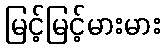
မြင့်မြင့်မားမား